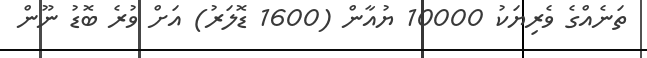
ތަނެއްގެ ވެރިޔަކު 10000 ޔުއާން (1600 ޑޮލަރު) އަށް ވުރެ ބޮޑު ނޫން